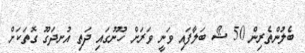
ބެލުންތެރިން 50 ޝޯ ބަލާފައި ވަނީ ވަރަށް ހޫނުގައި ދަތި އުނދަގޫ ގޮތަކަށް